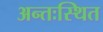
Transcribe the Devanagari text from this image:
अन्तःस्थित